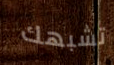
تشبهك